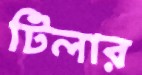
টিলার